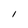
Character: l